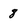
Character: 8